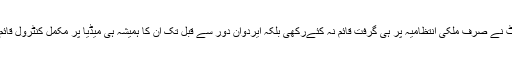
اسٹیبلشمنٹ نے صرف ملکی انتظامیہ پر ہی گرفت قائم نہ کئےرکھی بلکہ ایردوان دور سے قبل تک ان کا ہمیشہ ہی میڈیا پر مکمل کنٹرول قائم رہا ہے ۔